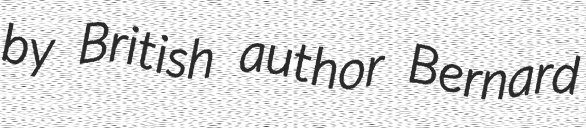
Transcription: by British author Bernard